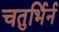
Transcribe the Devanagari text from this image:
चतुर्भिर्न